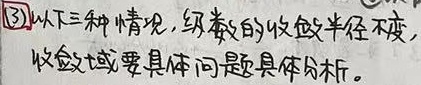
(3)以下三种情况，级数的收敛半径不变，
收敛域要具体问题具体分析。